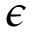
\epsilon